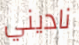
ناديني